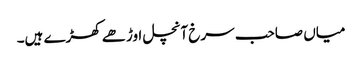
میاں صاحب سرخ آنچل اوڑھے کھڑے ہیں۔